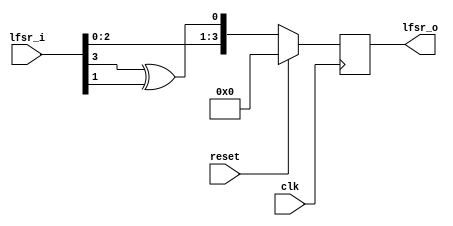
`timescale 1ns / 1ps
//////////////////////////////////////////////////////////////////////////////////
// Company: 
// Engineer: 
// 
// Design Name: 
// Module Name: lfsr_day7
// Project Name: 
// Target Devices: 
// Tool Versions: 
// Description: 
// 
// Dependencies: 
// 
// Revision:
// Revision 0.01 - File Created
// Additional Comments:
// 
//////////////////////////////////////////////////////////////////////////////////
//Alternative code
module lfsr_day7(
input wire clk, reset,
input wire [3:0] lfsr_i,
output reg [3:0] lfsr_o
    );
//    reg [3:0] r_reg;
//    wire [3:0] r_next;
    
    always @(posedge clk)
    begin
    if (reset)
    begin
    //r_reg <= 0;
    lfsr_o <= 0;
    end
    else
    //r_reg <= r_next;
    lfsr_o <= {lfsr_i[2:0], lfsr_i[3] ^ lfsr_i[1]};
    end
    
    //assign r_next = {r_reg[2:0], r_reg[3] ^ r_reg[1]};
    //assign lfsr_o = r_reg;
endmodule


//module lfsr_day7(
//input wire clk, reset,
//output wire [3:0] lfsr_o
//    );
//    reg [3:0] r_reg;
//    wire [3:0] r_next;
    
//    always @(posedge clk)
//    begin
//    if (reset)
//    begin
//    r_reg <= 0;
//    end
//    else
//    r_reg <= r_next;
//    end
    
//    assign r_next = {r_reg[2:0], r_reg[3] ^ r_reg[1]};
//    assign lfsr_o = r_reg;
//endmodule